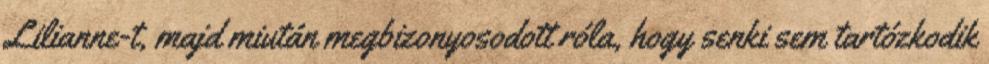
Lilianne-t, majd miután megbizonyosodott róla, hogy senki sem tartózkodik